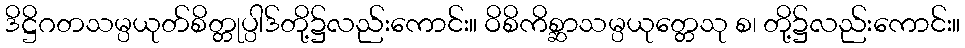
ဒိဋ္ဌိဂတသမ္ပယုတ်စိတ္တုပ္ပါဒ်တို့၌လည်းကောင်း။ ဝိစိကိစ္ဆာသမ္ပယုတ္တေသု စ၊ တို့၌လည်းကောင်း။